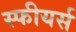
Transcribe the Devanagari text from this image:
स्फीयर्स